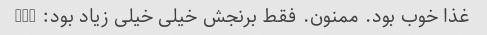
غذا خوب بود. ممنون. فقط برنجش خیلی خیلی زیاد بود: -))